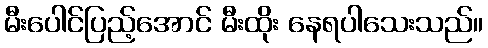
မီးပေါင်ပြည့်အောင် မီးထိုး နေရပါသေးသည်။